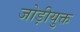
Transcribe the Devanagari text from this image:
जोड़ीयुक्त